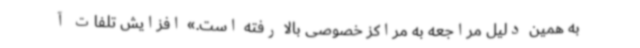
به همین دلیل مراجعه به مراکز خصوصی بالا رفته است.» افزایش تلفات آ